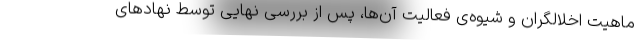
ماهیت اخلالگران و شیوه‌ی فعالیت آن‌ها، پس از بررسی نهایی توسط نهادهای